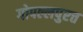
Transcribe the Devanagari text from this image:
गोपल्लपुरत्त